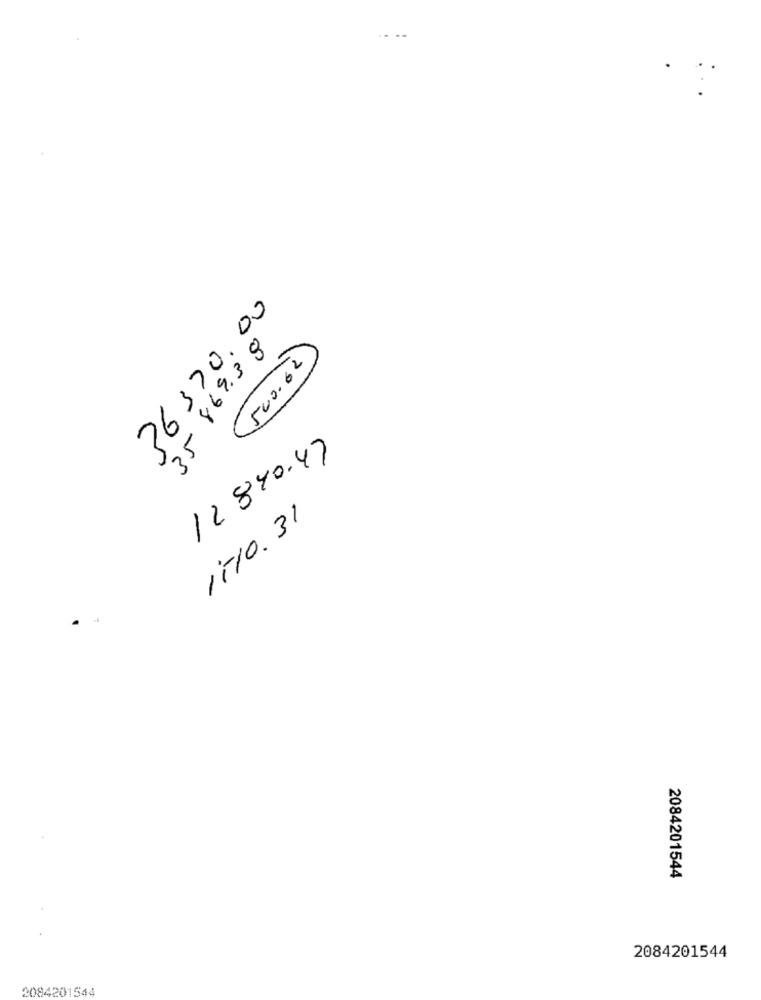
36370.00
500.62
12 840.47
8 8398 -SE
1-10. 31
2084201544
2084201544
2084201544